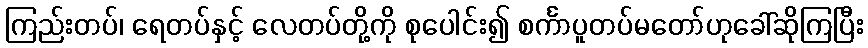
ကြည်းတပ်၊ ရေတပ်နှင့် လေတပ်တို့ကို စုပေါင်း၍ စင်္ကာပူတပ်မတော်ဟုခေါ်ဆိုကြပြီး